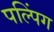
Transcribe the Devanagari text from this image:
पल्पिंग